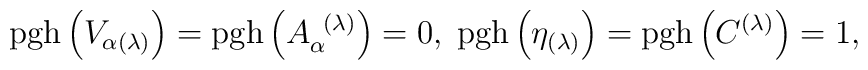
\mathrm{pgh}\left( V_{\alpha (\lambda )}\right) =\mathrm{pgh}\left(A_{\alpha }^{\;\;(\lambda )}\right) =0,\;\mathrm{pgh}\left( \eta _{(\lambda)}\right) =\mathrm{pgh}\left( C^{(\lambda )}\right) =1,